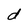
Character: d